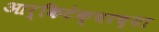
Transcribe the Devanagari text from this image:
आर्किटेक्चरच्या